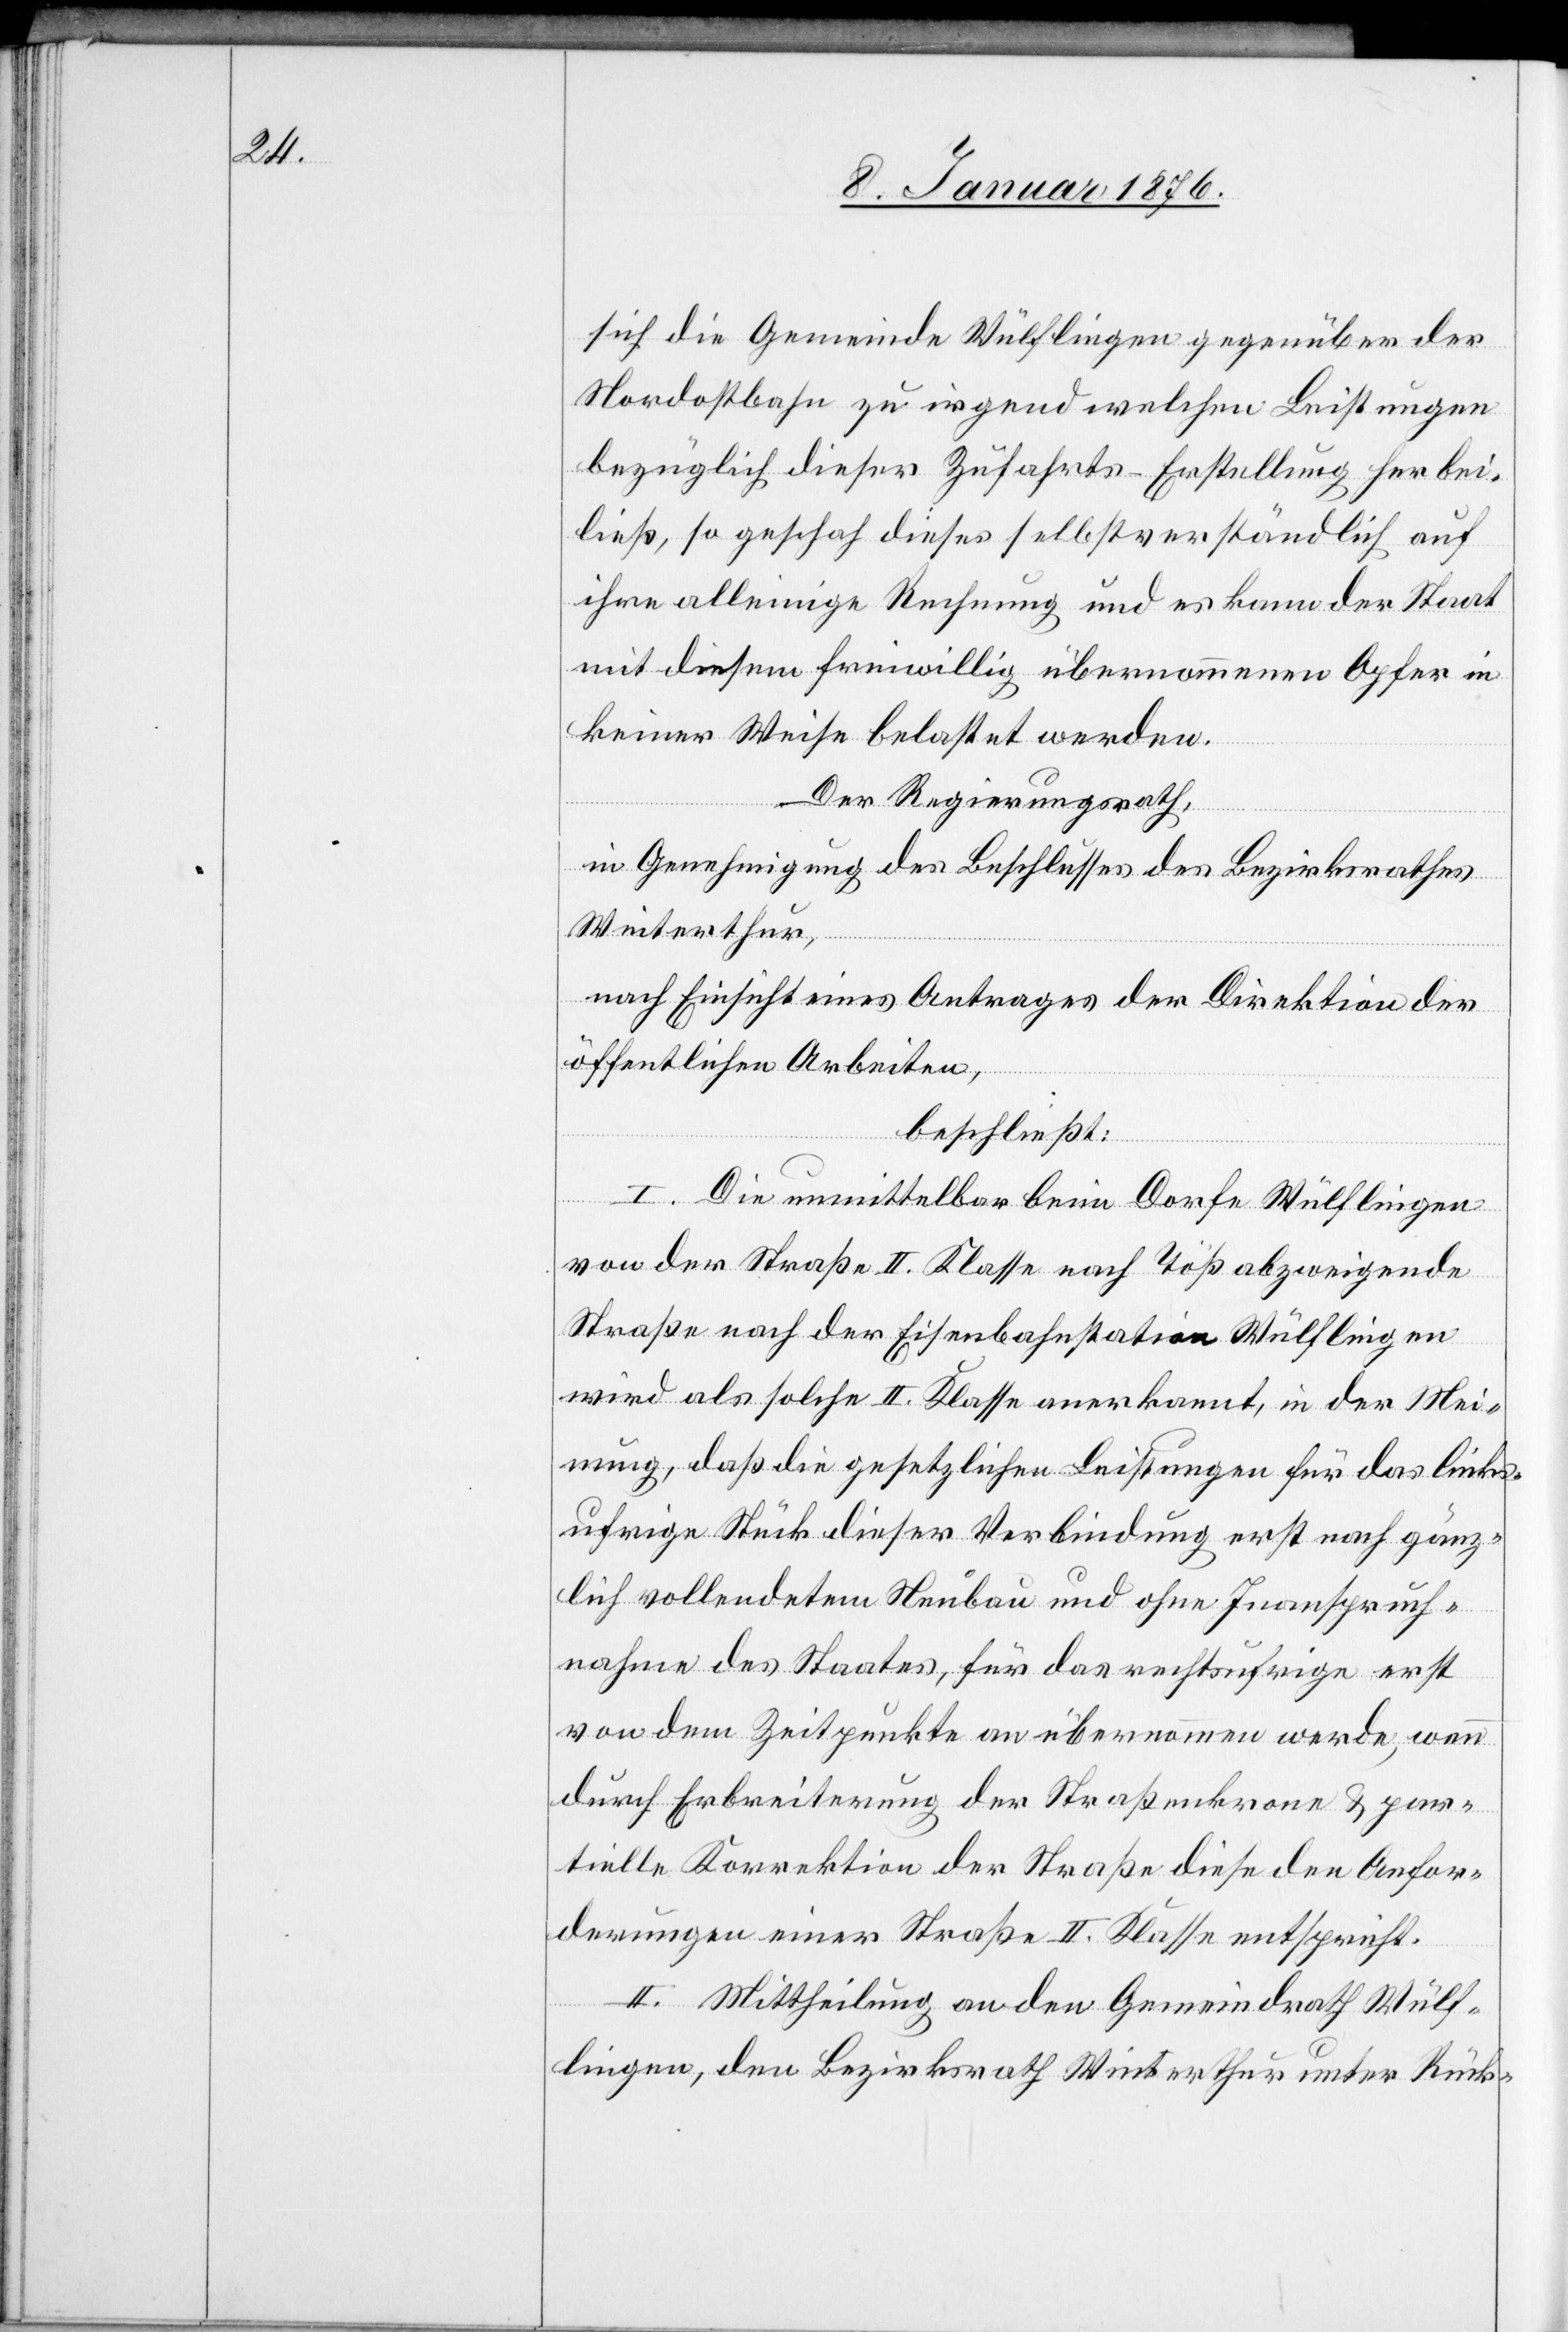
sich die Gemeinde Wülflingen gegenüber der
Nordostbahn zu irgend welchen Leistungen
bezüglich dieser Zufahrts- Erstellung herbei¬
ließ, so geschah dieses selbstverständlich auf
ihre alleinige Rechnung und es kann der Staat
mit diesem freiwillig übernommenen Opfer in
keiner Weise belastet werden.
Der Regierungsrath,
in Genehmigung des Beschlusses des Bezirksrathes
Winterthur,
nach Einsicht eines Antrages der Direktion der
öffentlichen Arbeiten,
beschließt:
I. Die unmittelbar beim Dorfe Wülflingen
von der Straße II. Klasse nach Töß abzweigende
Straße nach der Eisenbahnstation Wülflingen
wird als solche II. Klasse anerkannt, in der Mei¬
nung, daß die gesetzlichen Leistungen für das links¬
ufrige Stück dieser Verbindung erst nach gänz¬
lich vollendetem Neubau und ohne Inanspruch¬
nahme des Staates, für das rechtsufrige erst
von dem Zeitpunkte an übernommen werde, wenn
durch Erbreiterung der Straßenkrone u. par¬
tielle Korrektion der Straße diese den Anfor¬
derungen einer Straße II. Klasse entspricht.
II. Mittheilung an den Gemeindrath Wülf¬
lingen, den Bezirksrath Winterthur unter Rück-